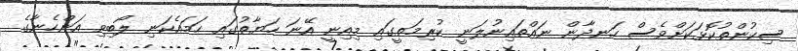
ސިކުންތުކޮޅަކަށްވެސް ހަނދާން ނައްތައިނުލަނީ ކުރިމަތީގައި މިއިނީ އޭނަ ހަޔާތުގައި ހަމައެކަނި ލޯބިވި އަންހެނާގެ